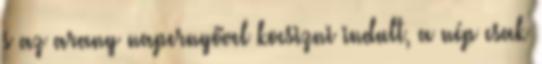
s az arany napernyővel kocsizni indult, a nép csak